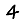
Digit: 4